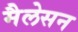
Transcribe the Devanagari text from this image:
मैलेसन